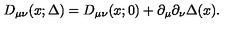
D _ { \mu \nu } ( x ; \Delta ) = D _ { \mu \nu } ( x ; 0 ) + \partial _ { \mu } \partial _ { \nu } \Delta ( x ) .